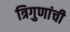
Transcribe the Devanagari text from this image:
त्रिगुणांची